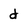
Character: d